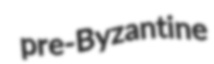
pre-Byzantine